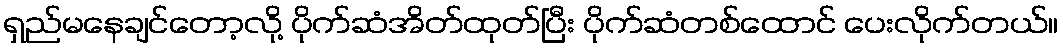
ရှည်မနေချင်တော့လို့ ပိုက်ဆံအိတ်ထုတ်ပြီး ပိုက်ဆံတစ်ထောင် ပေးလိုက်တယ်။